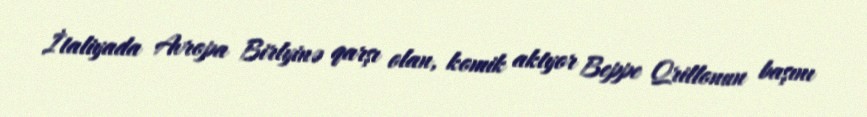
İtaliyada Avropa Birlyinə qarşı olan, komik aktyor Beppe Qrillonun başını